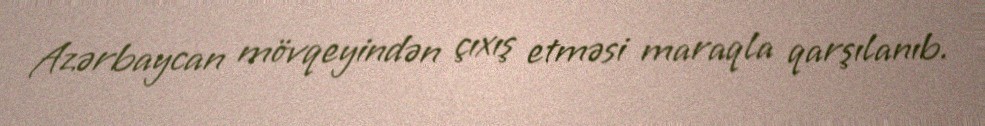
Azərbaycan mövqeyindən çıxış etməsi maraqla qarşılanıb.